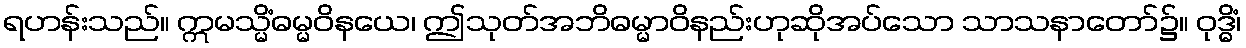
ရဟန်းသည်။ ဣမသ္မိံဓမ္မဝိနယေ၊ ဤသုတ်အဘိဓမ္မာဝိနည်းဟုဆိုအပ်သော သာသနာတော်၌။ ဝုဒ္ဓိံ၊